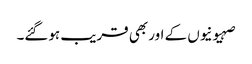
صہیونیوں کے اور بھی قریب ہوگئے۔